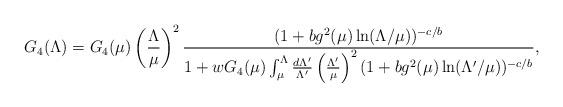
LaTeX: \begin{align*}G_4(\Lambda) = G_4(\mu) \left(\frac{\Lambda}{\mu}\right)^2\frac{( 1+bg^2(\mu)\ln(\Lambda/\mu) )^{-c/b}}{1 + w G_4(\mu) \int_{\mu}^{\Lambda}\frac{d\Lambda'}{\Lambda'}\left(\frac{\Lambda'}{\mu}\right)^2( 1+bg^2(\mu)\ln(\Lambda'/\mu) )^{-c/b}},\end{align*}